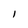
Character: 1